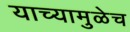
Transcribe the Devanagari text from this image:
याच्यामुळेच